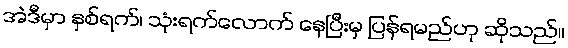
အဲဒီမှာ နှစ်ရက်၊ သုံးရက်လောက် နေပြီးမှ ပြန်ရမည်ဟု ဆိုသည်။